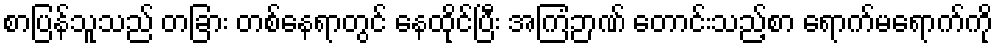
စာပြန်သူသည် တခြား တစ်နေရာတွင် နေထိုင်ပြီး အကြံဉာဏ် တောင်းသည့်စာ ရောက်မရောက်ကို